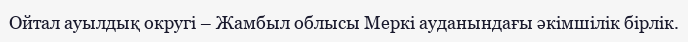
Ойтал ауылдық округі – Жамбыл облысы Меркі ауданындағы әкімшілік бірлік.